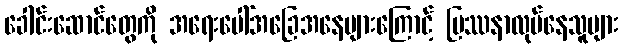
ခေါင်းဆောင်တွေကို အရေးပေါ်အခြေအနေများကြောင့် ပြဿနာလုပ်နေသူများ